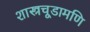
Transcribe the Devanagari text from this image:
शास्त्रचूडामणि